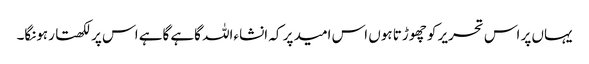
یہاں پر اس تحریر کو چھوڑتا ہوں اس امید پر کہ انشاءاللہ گاہے گاہے اس پر لکھتا رہونگا۔